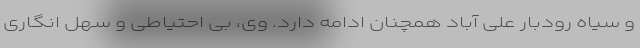
و سیاه رودبار علی آباد همچنان ادامه دارد. وی، بی احتیاطی و سهل انگاری